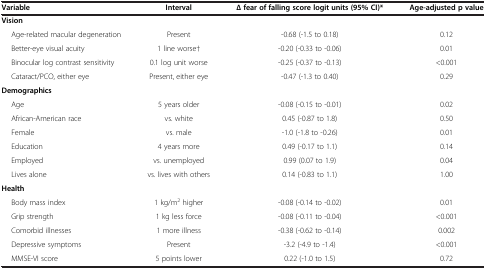
| Variable | Interval | ∆ fear of falling score logit units (95% CI)* | Age-adjusted p value |
 | --- | --- | --- | --- |
 | Vision |  |  |  |
 | Age-related macular degeneration | Present | -0.68 (-1.5 to 0.18) | 0.12 |
 | Better-eye visual acuity | 1 line worse† | -0.20 (-0.33 to -0.06) | 0.01 |
 | Binocular log contrast sensitivity | 0.1 log unit worse | -0.25 (-0.37 to -0.13) | <0.001 |
 | Cataract/PCO, either eye | Present, either eye | -0.47 (-1.3 to 0.40) | 0.29 |
 | Demographics |  |  |  |
 | Age | 5 years older | -0.08 (-0.15 to -0.01) | 0.02 |
 | African-American race | vs. white | 0.45 (-0.87 to 1.8) | 0.50 |
 | Female | vs. male | -1.0 (-1.8 to -0.26) | 0.01 |
 | Education | 4 years more | 0.49 (-0.17 to 1.1) | 0.14 |
 | Employed | vs. unemployed | 0.99 (0.07 to 1.9) | 0.04 |
 | Lives alone | vs. lives with others | 0.14 (-0.83 to 1.1) | 1.00 |
 | Health |  |  |  |
 | Body mass index | 1 kg/m2 higher | -0.08 (-0.14 to -0.02) | 0.01 |
 | Grip strength | 1 kg less force | -0.08 (-0.11 to -0.04) | <0.001 |
 | Comorbid illnesses | 1 more illness | -0.38 (-0.62 to -0.14) | 0.002 |
 | Depressive symptoms | Present | -3.2 (-4.9 to -1.4) | <0.001 |
 | MMSE-VI score | 5 points lower | 0.22 (-1.0 to 1.5) | 0.72 |